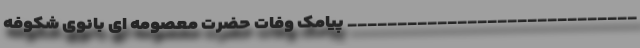
_____________________________ پیامک وفات حضرت معصومه ای بانوی شکوفه